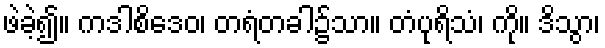
ဖဲခဲ့၍။ ကဒါစိဒေဝ၊ တရံတခါ၌သာ။ တံပုရိသံ၊ ကို။ ဒိသွာ၊